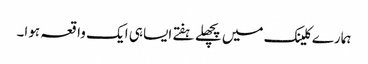
ہمارے کلینک میں پچھلے ہفتے ایسا ہی ایک واقعہ ہوا۔